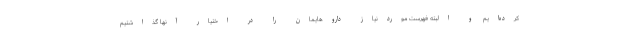
کرده‌ایم و البته فهرست موردنیاز داروهایمان را در اختیار آنها گذاشتیم